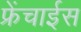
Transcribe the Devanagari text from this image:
फ्रेंचाईस